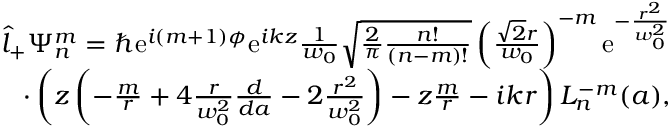
\begin{array} { r l r } & { } & { \hat { l } _ { + } \Psi _ { n } ^ { m } = \hbar \mathrm { e } ^ { i ( m + 1 ) \phi } \mathrm { e } ^ { i k z } \frac { 1 } { w _ { 0 } } \sqrt { \frac { 2 } { \pi } \frac { n ! } { ( n - m ) ! } } \left( \frac { \sqrt { 2 } r } { w _ { 0 } } \right) ^ { - m } \mathrm { e } ^ { - \frac { r ^ { 2 } } { w _ { 0 } ^ { 2 } } } } \\ & { } & { \cdot \left( z \left( - \frac { m } { r } + 4 \frac { r } { w _ { 0 } ^ { 2 } } \frac { d } { d a } - 2 \frac { r ^ { 2 } } { w _ { 0 } ^ { 2 } } \right) - z \frac { m } { r } - i k r \right) L _ { n } ^ { - m } ( a ) , } \end{array}